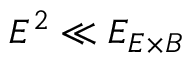
E ^ { 2 } \ll E _ { E \times B }